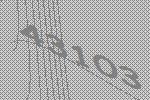
43103